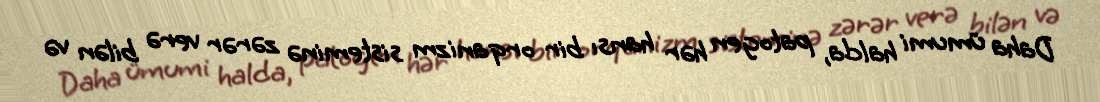
Daha ümumi halda, patogen hər hansı bir orqanizm sisteminə zərər verə bilən və